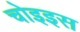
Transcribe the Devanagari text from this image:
चोइइस